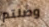
وصلتم